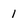
Character: 1